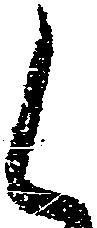
候